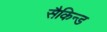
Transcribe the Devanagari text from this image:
सैकिन्ड